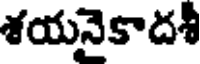
శయనైకాదశీ